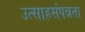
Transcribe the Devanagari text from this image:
उत्साहसंपन्नता